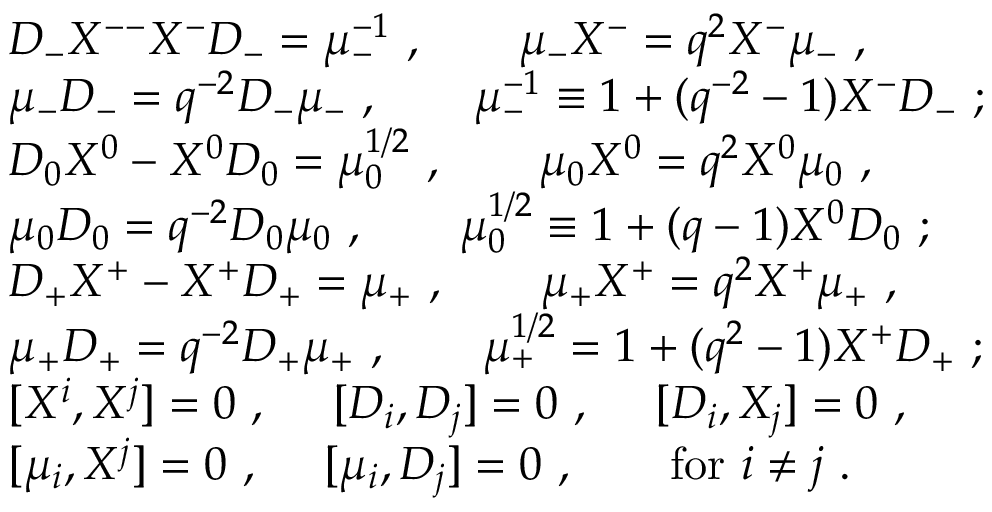
\begin{array} { l } { { { \cal D } _ { - } { \cal X } ^ { -- } { \cal X } ^ { - } { \cal D } _ { - } = \mu _ { - } ^ { - 1 } ~ , ~ ~ ~ ~ ~ ~ \mu _ { - } { \cal X } ^ { - } = q ^ { 2 } { \cal X } ^ { - } \mu _ { - } ~ , } } \\ { { \mu _ { - } { \cal D } _ { - } = q ^ { - 2 } { \cal D } _ { - } \mu _ { - } ~ , ~ ~ ~ ~ ~ ~ \mu _ { - } ^ { - 1 } \equiv 1 + ( q ^ { - 2 } - 1 ) { \cal X } ^ { - } { \cal D } _ { - } ~ ; } } \\ { { { \cal D } _ { 0 } { \cal X } ^ { 0 } - { \cal X } ^ { 0 } { \cal D } _ { 0 } = \mu _ { 0 } ^ { 1 / 2 } ~ , ~ ~ ~ ~ ~ ~ \mu _ { 0 } { \cal X } ^ { 0 } = q ^ { 2 } { \cal X } ^ { 0 } \mu _ { 0 } ~ , } } \\ { { \mu _ { 0 } { \cal D } _ { 0 } = q ^ { - 2 } { \cal D } _ { 0 } \mu _ { 0 } ~ , ~ ~ ~ ~ ~ ~ \mu _ { 0 } ^ { 1 / 2 } \equiv 1 + ( q - 1 ) { \cal X } ^ { 0 } { \cal D } _ { 0 } ~ ; } } \\ { { { \cal D } _ { + } { \cal X } ^ { + } - { \cal X } ^ { + } { \cal D } _ { + } = \mu _ { + } ~ , ~ ~ ~ ~ ~ ~ \mu _ { + } { \cal X } ^ { + } = q ^ { 2 } { \cal X } ^ { + } \mu _ { + } ~ , } } \\ { { \mu _ { + } { \cal D } _ { + } = q ^ { - 2 } { \cal D } _ { + } \mu _ { + } ~ , ~ ~ ~ ~ ~ ~ \mu _ { + } ^ { 1 / 2 } = 1 + ( q ^ { 2 } - 1 ) { \cal X } ^ { + } { \cal D } _ { + } ~ ; } } \\ { { [ { \cal X } ^ { i } , { \cal X } ^ { j } ] = 0 ~ , ~ ~ ~ ~ [ { \cal D } _ { i } , { \cal D } _ { j } ] = 0 ~ , ~ ~ ~ ~ [ { \cal D } _ { i } , { \cal X } _ { j } ] = 0 ~ , } } \\ { { [ \mu _ { i } , { \cal X } ^ { j } ] = 0 ~ , ~ ~ ~ ~ [ \mu _ { i } , { \cal D } _ { j } ] = 0 ~ , ~ ~ ~ ~ ~ ~ \mathrm { f o r } ~ i \not = j ~ . } } \end{array}